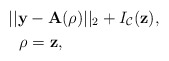
\begin{align*} & ||\mathbf{y}- \mathbf{A} (\rho)||_2 + I_{\mathcal{C}}(\mathbf{z}), \\ & \ \ \rho = \mathbf{z}, \end{align*}